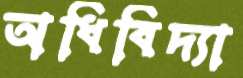
অধিবিদ্যা